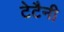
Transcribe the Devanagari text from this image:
टेटैनी